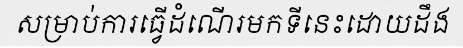
សម្រាប់ការធ្វើដំណើរមកទីនេះដោយដឹង